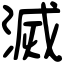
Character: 滅